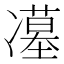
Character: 𭂥